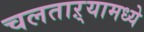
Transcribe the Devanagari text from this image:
चलताऱ्यामध्ये